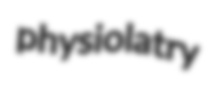
physiolatry